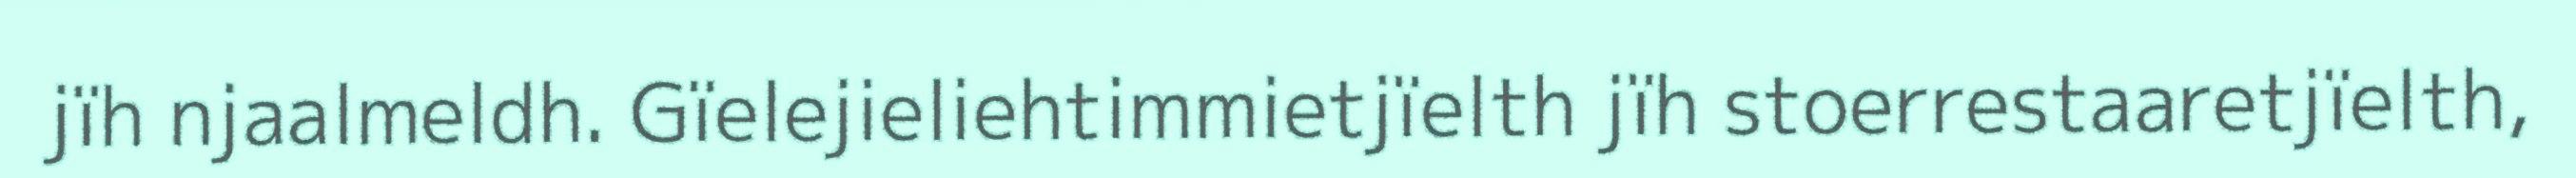
jïh njaalmeldh. Gïelejieliehtimmietjïelth jïh stoerrestaaretjïelth,